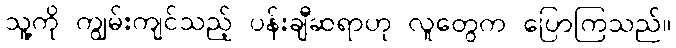
သူ့ကို ကျွမ်းကျင်သည့် ပန်းချီဆရာဟု လူတွေက ပြောကြသည်။